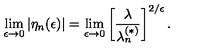
\lim _ { \epsilon \rightarrow 0 } \left| \eta _ { n } ( \epsilon ) \right| = \lim _ { \epsilon \rightarrow 0 } \left[ \frac { \lambda } { \lambda _ { n } ^ { ( \ast ) } } \right] ^ { 2 / \epsilon } .